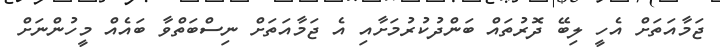
ޖަމާއަތަށް އެހީ ލިބޭ ދޮރުތައް ބަންދުކުރުމަށާއި އެ ޖަމާއަތަށް ނިސްބަތްވާ ބައެއް މީހުންނަށް